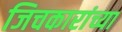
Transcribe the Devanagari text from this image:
जिचकारांच्या